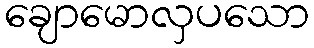
ချောမောလှပသော